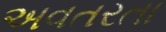
અવતરતા